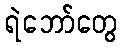
ရဲဘော်တွေ